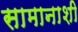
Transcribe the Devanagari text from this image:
सामानाशी